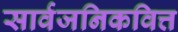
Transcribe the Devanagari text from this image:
सार्वजनिकवित्त